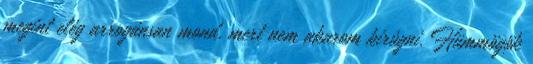
megint elég arrogánsan mond, mert nem akarom kirúgni. Hümmögök